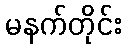
မနက်တိုင်း